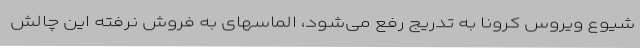
شیوع ویروس کرونا به تدریج رفع می‌شود، الماسهای به فروش نرفته این چالش